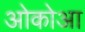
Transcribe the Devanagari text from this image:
ओकोआ